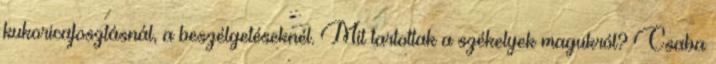
kukoricafosztásnál, a beszélgetéseknél. Mit tartottak a székelyek magukról? Csaba